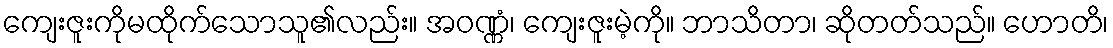
ကျေးဇူးကိုမထိုက်သောသူ၏လည်း။ အဝဏ္ဏံ၊ ကျေးဇူးမဲ့ကို။ ဘာသိတာ၊ ဆိုတတ်သည်။ ဟောတိ၊